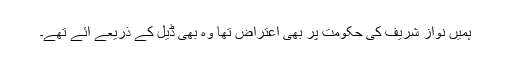
ہمیں نواز شریف کی حکومت پر بھی اعتراض تھا وہ بھی ڈیل کے ذریعے آئے تھے۔